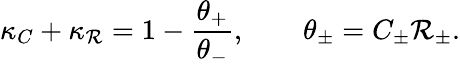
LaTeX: \kappa_{C}+\kappa_{\mathcal{R}}=1-\frac{{\theta_{+}}}{{\theta_{-}}},\qquad\theta_{\pm}=C_{\pm}\mathcal{R}_{\pm}.